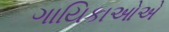
ગાયિકાઓએ